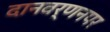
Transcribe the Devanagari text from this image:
दानवर्णनपर